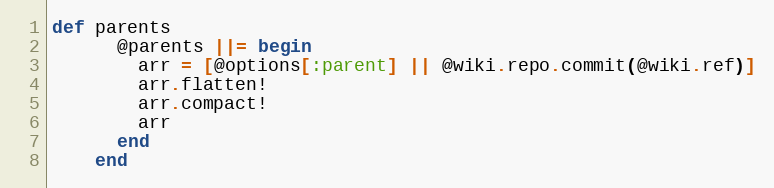
Language: Ruby
def parents
      @parents ||= begin
        arr = [@options[:parent] || @wiki.repo.commit(@wiki.ref)]
        arr.flatten!
        arr.compact!
        arr
      end
    end